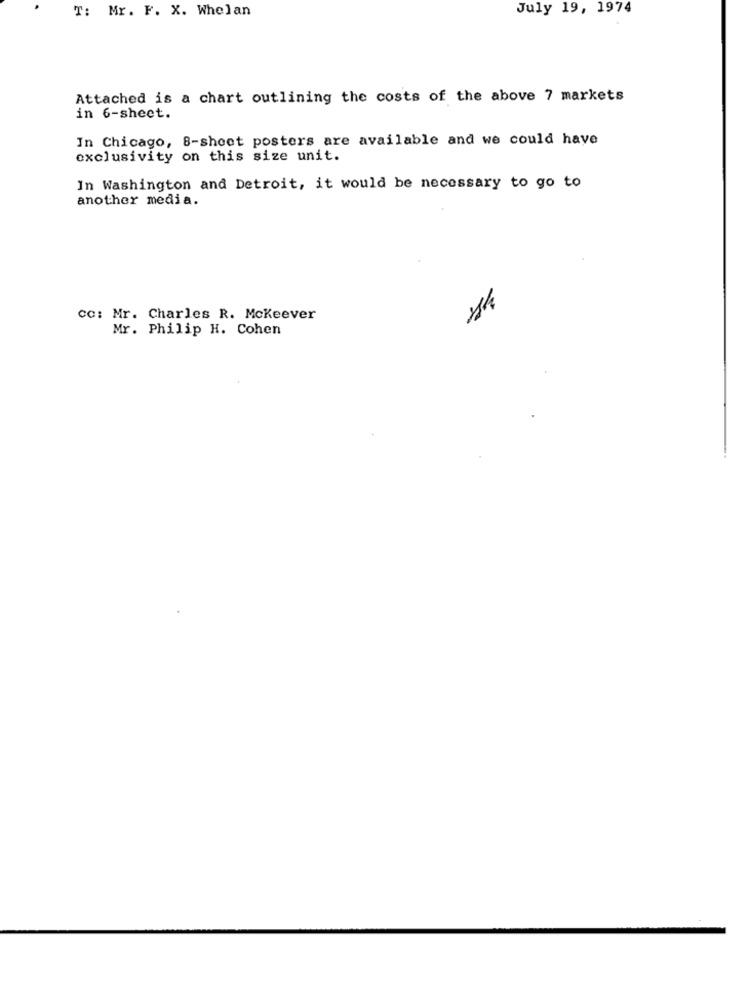
T: Mr. F. X. Whelan
July 19, 1974
Attached is a chart outlining the costs of the above 7 markets
in 6-sheet.
In Chicago, 8-sheet posters are available and we could have
exclusivity on this size unit.
In Washington and Detroit, it would be necessary to go to
another media.
cc: Mr. Charles R. Mckeever
Mr. Philip H. Cohen